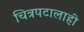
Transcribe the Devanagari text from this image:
चित्रपटालाही